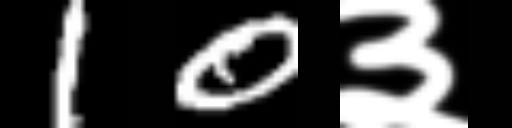
Text: 10३